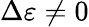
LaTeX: \Delta\varepsilon\neq 0